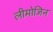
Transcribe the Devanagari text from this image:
लीमोजिन